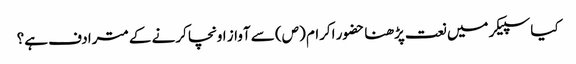
کیا سپیکر میں نعت پڑھنا حضور اکرام (ص) سے آواز اونچا کرنے کے مترادف ہے؟